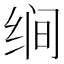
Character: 𰬝